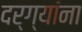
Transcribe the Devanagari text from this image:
दर्ग्यांना